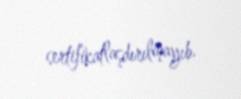
sertifikatlaşdırılmayıb.